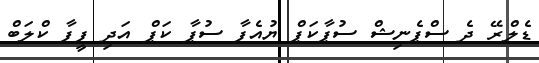
ޑެލްރޭ ދެ ސްޕެނިޝް ސުޕާކަޕް ޔުއެފާ ސުޕާ ކަޕް އަދި ފީފާ ކްލަބް